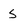
Character: S